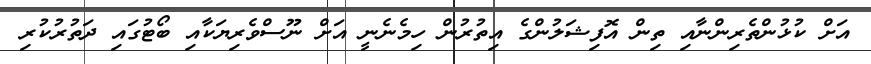
އަށް ކުޅުންތެރިންނާއި ތިން އޮފިޝަލުންގެ އިތުރުން ހިމެނެނީ އަށް ނޫސްވެރިޔަކާއި ބޯޓުގައި ދަތުރުކުރި